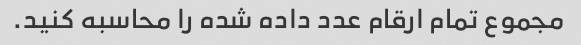
مجموع تمام ارقام عدد داده شده را محاسبه کنید.